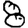
Digit: 8